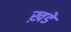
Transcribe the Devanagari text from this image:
ख़डे